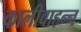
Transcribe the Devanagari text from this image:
कालीवाहन्न